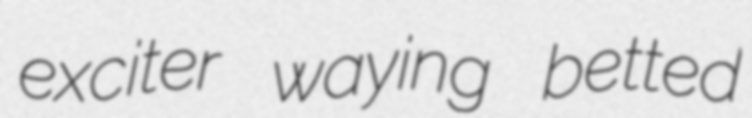
exciter waying betted